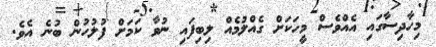
މިހާދިސާގައި އެއްވެސް މީހަކަށް ގެއްލުމެއް ލިބިފައި ނުވާ ކަމަށް ފުލުހުން ބުނެ އެވެ.